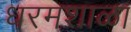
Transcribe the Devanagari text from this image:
धरमशाळा